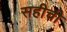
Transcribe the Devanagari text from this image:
सहीची